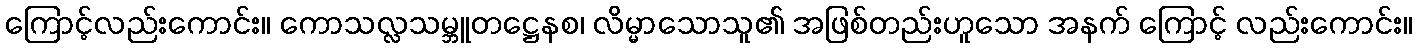
ကြောင့်လည်းကောင်း။ ကောသလ္လသမ္ဘူတဋ္ဌေနစ၊ လိမ္မာသောသူ၏ အဖြစ်တည်းဟူသော အနက် ကြောင့် လည်းကောင်း။